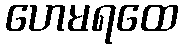
ဟေမရထေ